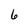
Character: 6